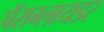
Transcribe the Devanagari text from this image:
पॅराग्लायडर